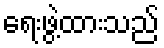
ရေးဖွဲ့ထားသည်